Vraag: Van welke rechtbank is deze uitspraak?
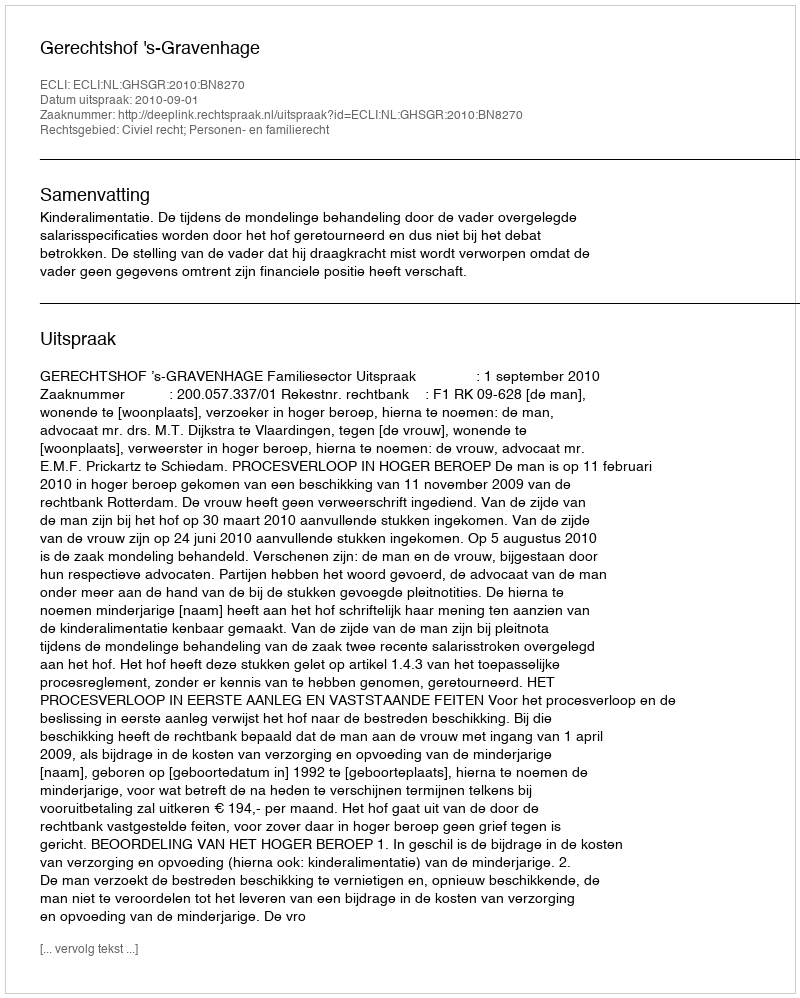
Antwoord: Gerechtshof 's-Gravenhage